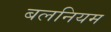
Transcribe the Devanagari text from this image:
बलनियम